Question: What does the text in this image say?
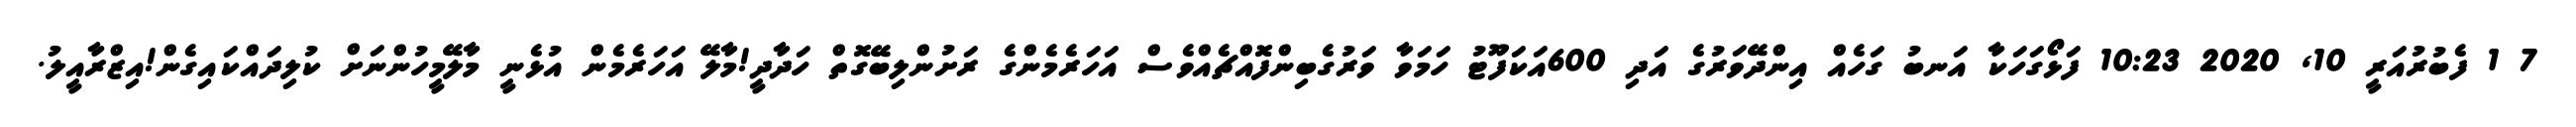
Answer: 7 1 ފެބުރުއަރީ 10, 2020 10:23 ފަޅޯގަހަކާ އަނބު ގަހެއް އިންދޭވަރުގެ އަދި 600އަކަފޫޓު ހަމަވާ ވަރުގެބިންފޮއްޗެއްވެސް އަހަރެމެންގެ ރަށުންލިބޭގޮތް ހަދާދީ!މާލޭ އަހަރެމެން އުޅެނީ މާލޭމީހުންނަށް ކުލިދައްކައިގެން!އިޒްރާއީލު.